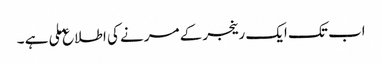
اب تک ایک رینجر کے مرنے کی اطلاع ملی ہے ۔